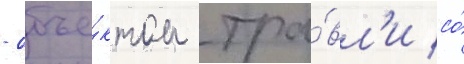
- объе́ктом тра́вл'и со́